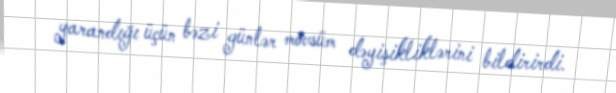
yarandığı üçün bəzi günlər mövsüm dəyişikliklərini bildirirdi.